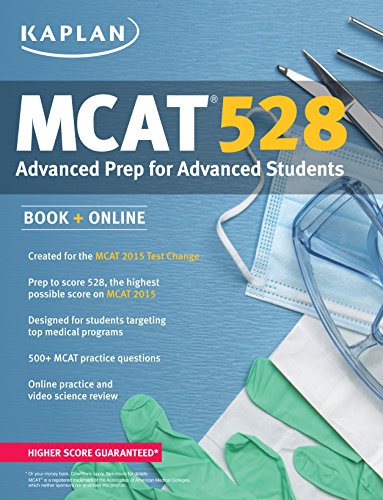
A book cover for Kaplan MCAT 528: Advanced Prep for Advanced Students (Kaplan Test Prep); Kaplan; Test Preparation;